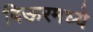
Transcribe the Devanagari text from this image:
बिऊरमध्ये